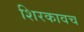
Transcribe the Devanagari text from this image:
शिरकावच